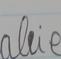
Signature authenticity: forged